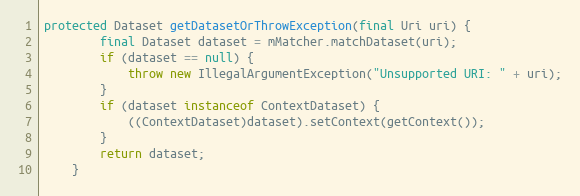
Language: Java
protected Dataset getDatasetOrThrowException(final Uri uri) {
		final Dataset dataset = mMatcher.matchDataset(uri);
		if (dataset == null) {
			throw new IllegalArgumentException("Unsupported URI: " + uri);
		}
		if (dataset instanceof ContextDataset) {
			((ContextDataset)dataset).setContext(getContext());
		}
		return dataset;
	}